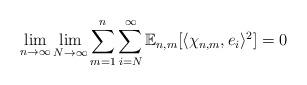
LaTeX: \begin{align*}\lim_{n \to \infty} \lim_{N \to \infty} \sum_{m=1}^{n} \sum_{i = N}^{\infty} \mathbb{E}_{n,m}[\langle \chi_{n,m}, e_i \rangle ^2] = 0\end{align*}